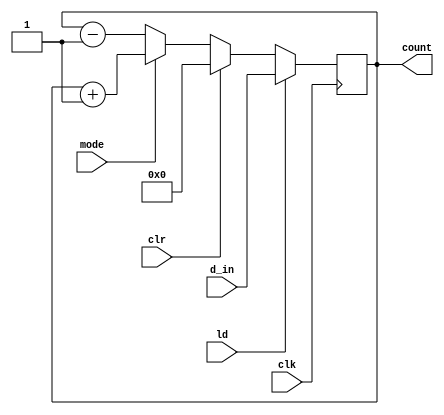
module up_down_counter(mode,clr,ld,d_in,clk,count);
input mode,clr,ld,clk;
input [0:7] d_in;
output reg [0:7] count;
always@ (posedge clk)
if(ld)
count <= d_in;
else if (clr)
count <= 0;
else if (mode)
count <= count+1;
else
count <= count-1;
endmodule